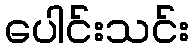
ပေါင်းသင်း